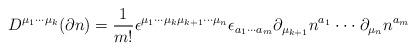
LaTeX: \begin{align*}D^{\mu _1\cdot \cdot \cdot \mu _k}(\partial n)=\frac 1{m!}\epsilon^{\mu _1\cdot \cdot \cdot \mu _k\mu _{k+1}\cdot \cdot \cdot \mu _n}\epsilon_{a_1\cdot \cdot \cdot a_m}\partial _{\mu _{k+1}}n^{a_1}\cdot \cdot \cdot\partial _{\mu _n}n^{a_m}\end{align*}